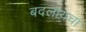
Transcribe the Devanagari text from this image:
बदलायचा